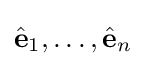
{\hat {\mathbf {e} }}_{1},\ldots ,{\hat {\mathbf {e} }}_{n}